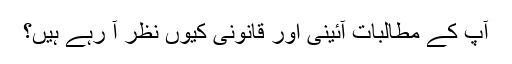
آپ کے مطالبات آئینی اور قانونی کیوں نظر آ رہے ہیں؟